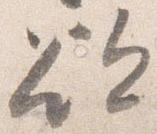
欲